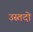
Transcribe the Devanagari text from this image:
उस्तदो